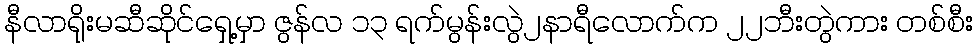
နီလာရိုးမဆီဆိုင်ရှေ့မှာ ဇွန်လ ၁၃ ရက်မွန်းလွဲ၂နာရီလောက်က ၂၂ဘီးတွဲကား တစ်စီး